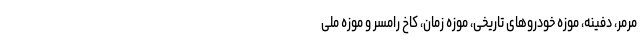
مرمر، دفینه، موزه خودروهای تاریخی، موزه زمان، کاخ رامسر و موزه ملی